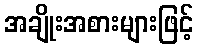
အချိုးအစားများဖြင့်